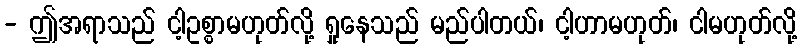
- ဤအရာသည် ငါ့ဥစ္စာမဟုတ်လို့ ရှုနေသည် မည်ပါတယ်၊ ငါ့ဟာမဟုတ်၊ ငါမဟုတ်လို့